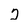
Character: 2